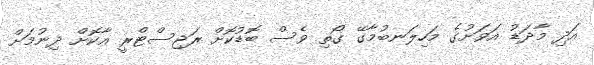
އަދި މާދަޑު އަވަށުގެ މަހިލަނބުމާގޭ ގޯތި ވެސް ބޮޑުކޮށް ރަޖިސްޓްރީ އާކޮށް ދިނުމަށް